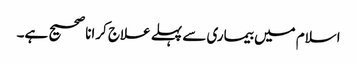
اسلام میں بیماری سے پہلے علاج کرانا صحیح ہے۔